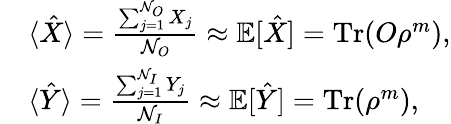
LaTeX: \begin{array}{rl}&{\langle\hat{X}\rangle=\frac{\sum_{j=1}^{\mathcal{N}_{O}}X_{j}}{\mathcal{N}_{O}}\approx\mathbb{E}[\hat{X}]=\textrm{Tr}(O\rho^{m}),}\\ &{\langle\hat{Y}\rangle=\frac{\sum_{j=1}^{\mathcal{N}_{I}}Y_{j}}{\mathcal{N}_{I}}\approx\mathbb{E}[\hat{Y}]=\textrm{Tr}(\rho^{m}),}\end{array}